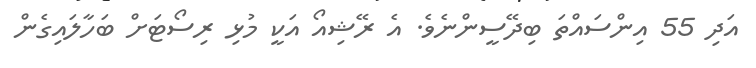
އަދި 55 އިންސައްތަ ބިދޭސީންނެވެ. އެ ރޭޝިއޯ އަކީ މުޅި ރިސޯޓަށް ބަހާލައިގެން